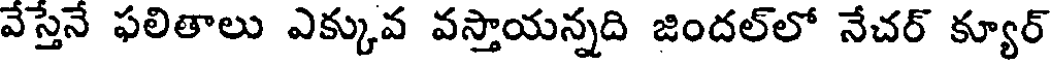
వేస్తేనే ఫలితాలు ఎక్కువ వస్తాయన్నది జిందల్లో నేచర్ క్యూర్